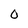
Character: O